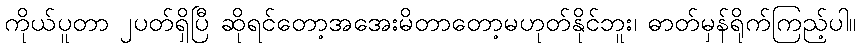
ကိုယ်ပူတာ ၂ပတ်ရှိပြီ ဆိုရင်တော့အအေးမိတာတော့မဟုတ်နိုင်ဘူး၊ ဓာတ်မှန်ရိုက်ကြည့်ပါ။